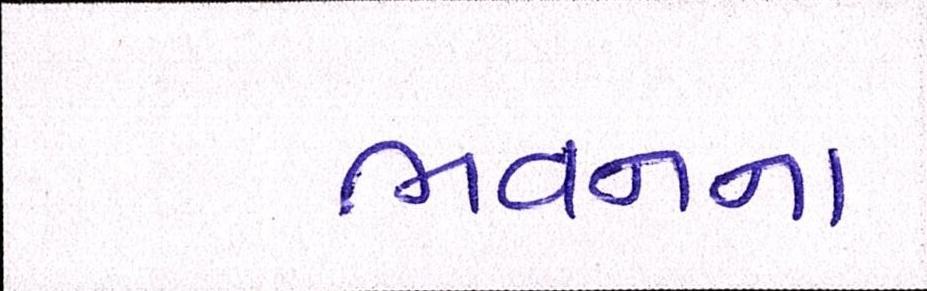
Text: ભવનના